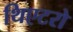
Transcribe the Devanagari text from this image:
थिएटरो